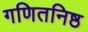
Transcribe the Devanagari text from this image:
गणितनिष्ठ